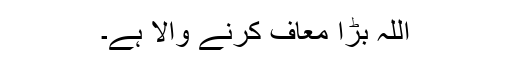
اللہ بڑا معاف کرنے والا ہے۔